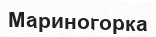
Мариногорка